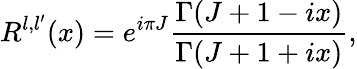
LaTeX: R^{l,l^{\prime}}(x)=e^{i\pi J}\frac{\Gamma(J+1-ix)}{\Gamma(J+1+ix)},